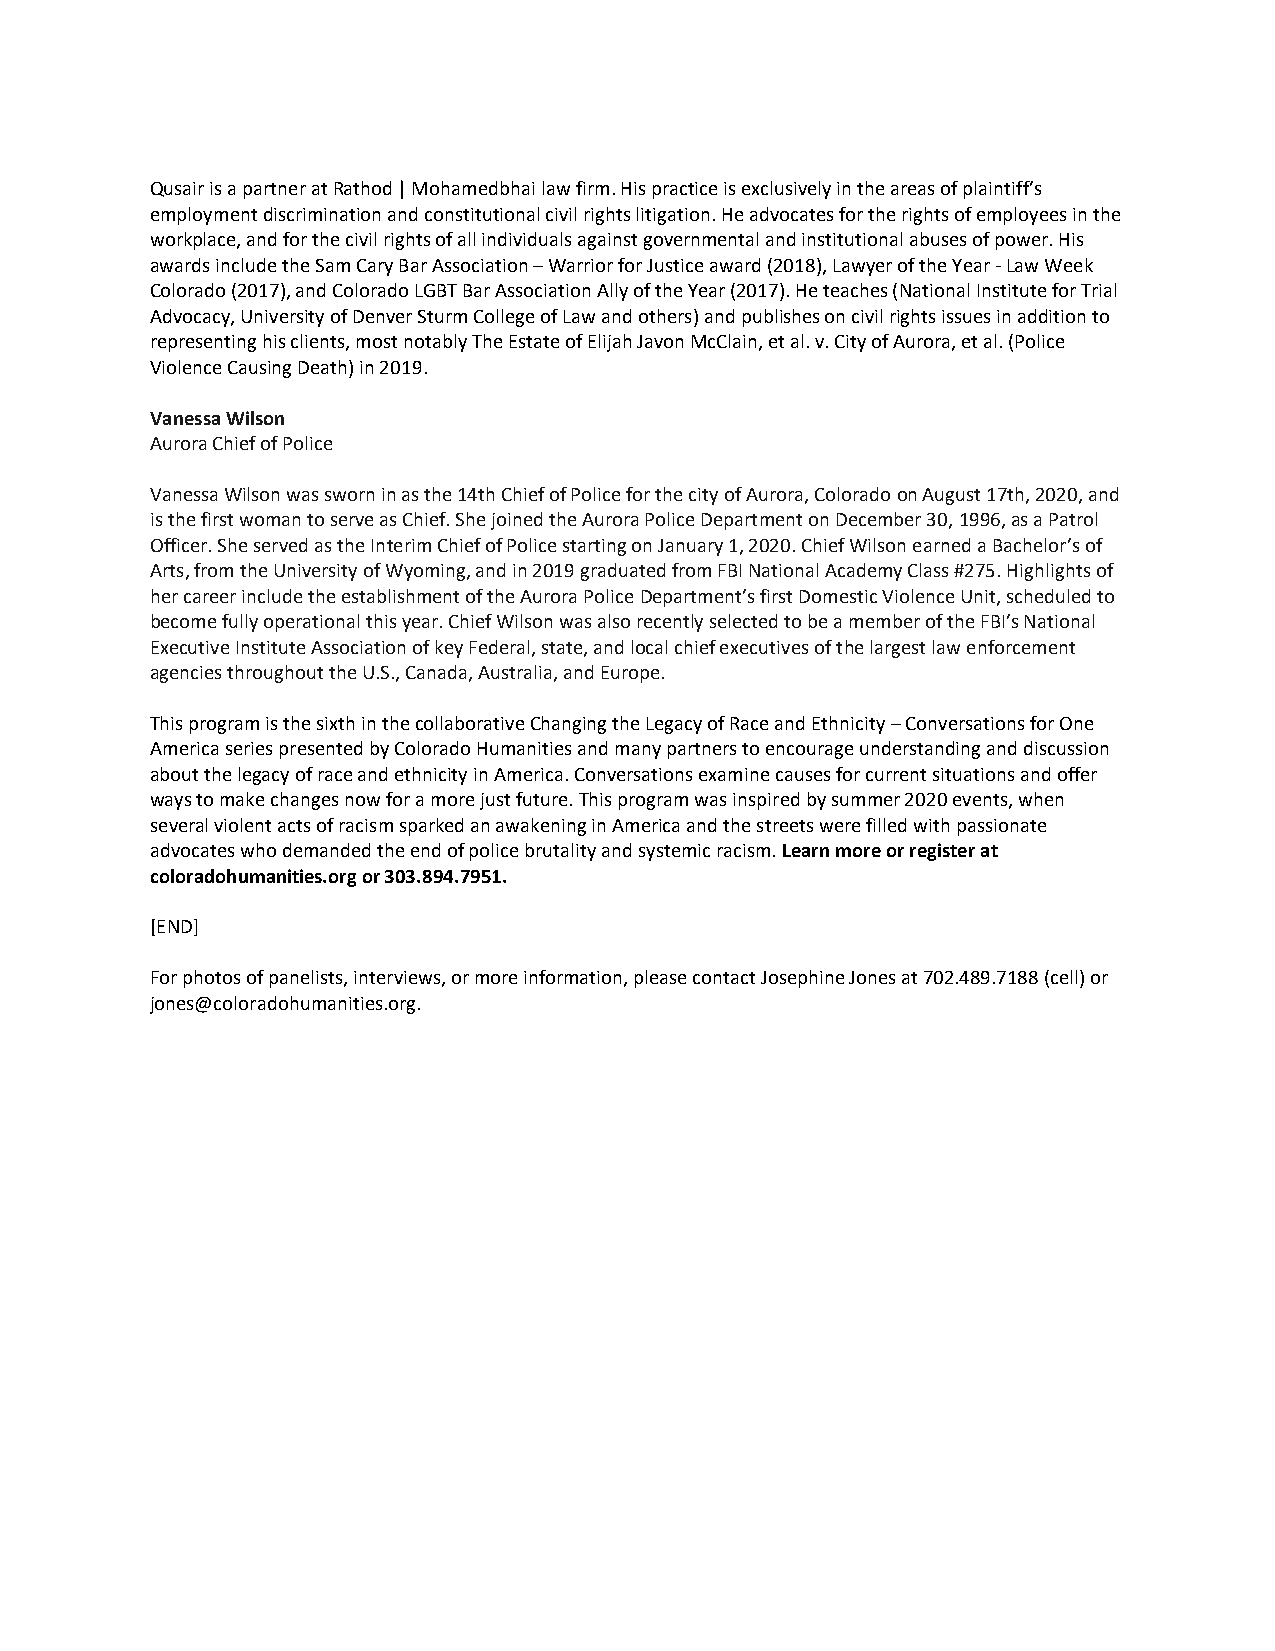
Qusair is a partner at Rathod | Mohamedbhai law firm. His practice is exclusively in the areas of plaintiff’s
 employment discrimination and constitutional civil rights litigation. He advocates for the rights of employees in the
 workplace, and for the civil rights of all individuals against governmental and institutional abuses of power. His
 awards include the Sam Cary Bar Association – Warrior for Justice award (2018), Lawyer of the Year - Law Week
 Colorado (2017), and Colorado LGBT Bar Association Ally of the Year (2017). He teaches (National Institute for Trial
 Advocacy, University of Denver Sturm College of Law and others) and publishes on civil rights issues in addition to
 representing his clients, most notably The Estate of Elijah Javon McClain, et al. v. City of Aurora, et al. (Police
 Violence Causing Death) in 2019.
 Vanessa Wilson
 Aurora Chief of Police
 Vanessa Wilson was sworn in as the 14th Chief of Police for the city of Aurora, Colorado on August 17th, 2020, and
 is the first woman to serve as Chief. She joined the Aurora Police Department on December 30, 1996, as a Patrol
 Officer. She served as the Interim Chief of Police starting on January 1, 2020. Chief Wilson earned a Bachelor’s of
 Arts, from the University of Wyoming, and in 2019 graduated from FBI National Academy Class #275. Highlights of
 her career include the establishment of the Aurora Police Department’s first Domestic Violence Unit, scheduled to
 become fully operational this year. Chief Wilson was also recently selected to be a member of the FBI’s National
 Executive Institute Association of key Federal, state, and local chief executives of the largest law enforcement
 agencies throughout the U.S., Canada, Australia, and Europe.
 This program is the sixth in the collaborative Changing the Legacy of Race and Ethnicity – Conversations for One
 America series presented by Colorado Humanities and many partners to encourage understanding and discussion
 about the legacy of race and ethnicity in America. Conversations examine causes for current situations and offer
 ways to make changes now for a more just future. This program was inspired by summer 2020 events, when
 several violent acts of racism sparked an awakening in America and the streets were filled with passionate
 advocates who demanded the end of police brutality and systemic racism. Learn more or register at
 coloradohumanities.org or 303.894.7951.
 [END]
 For photos of panelists, interviews, or more information, please contact Josephine Jones at 702.489.7188 (cell) or
 jones@coloradohumanities.org.